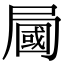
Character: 𡳚